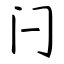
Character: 闩